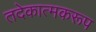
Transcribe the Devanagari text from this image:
तदेकात्मकरूप